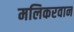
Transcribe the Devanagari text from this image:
मलिकरवान